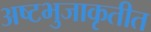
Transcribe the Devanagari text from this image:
अष्टभुजाकृतीत